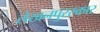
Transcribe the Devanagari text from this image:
लेखनपुरस्कार